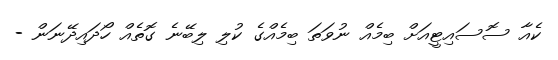
ކެއާ ސޮސައިޓީއަށް ބިމެއް ނުވަތަ ބިމެއްގެ ކުލި ލިބޭނެ ގޮތެއް ހޯދައިދޭނަން -